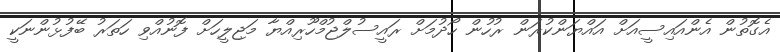
އެގޮތުން އެންއައިސީއަށް އައްޔަންކުރަން ރުހުން ހޯދުމަށް ރައީސުލްޖުމްހޫރިއްޔާ މަޖިލީހަށް ފޮނުއްވި ހަތަރު ބޭފުޅުންނަކީ